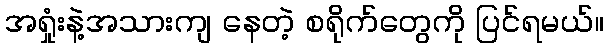
အရှုံးနဲ့အသားကျ နေတဲ့ စရိုက်တွေကို ပြင်ရမယ်။